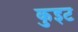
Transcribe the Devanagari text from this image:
कुइट